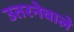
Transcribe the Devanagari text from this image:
उतरनेवाले